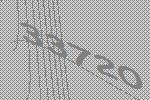
33720